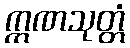
ဣဏသုတ္တံ